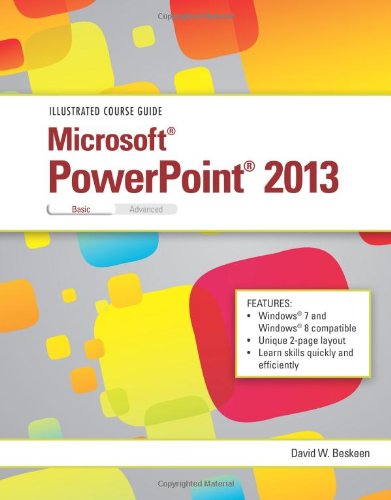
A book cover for Illustrated Course Guide: Microsoft PowerPoint 2013 Basic; David W. Beskeen; Computers & Technology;